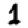
Digit: 1